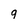
Character: 9